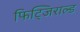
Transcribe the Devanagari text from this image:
फिट्जिराल्ड